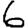
Digit: 6